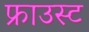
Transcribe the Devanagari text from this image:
फ्राउस्ट